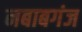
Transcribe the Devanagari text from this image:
नबाबगंज